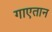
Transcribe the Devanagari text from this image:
गाएतान